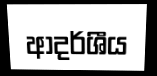
ආදර්ශීය